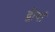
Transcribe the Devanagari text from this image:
द्वीपां